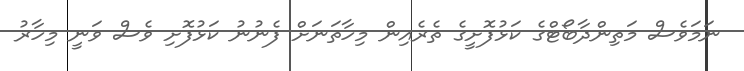
ނަމަވެސް މަތިންދާބޯޓްގެ ކަޅުފޮށީގެ ތެރެއިން މިހާތަނަށް ފެނުނު ކަޅުފޮށި ވެސް ވަނީ މިހާރު